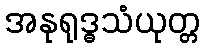
အနုရုဒ္ဓသံယုတ္တ